Vaccination in Bombay 1869-1873 - 1869-1873
Year: 1869
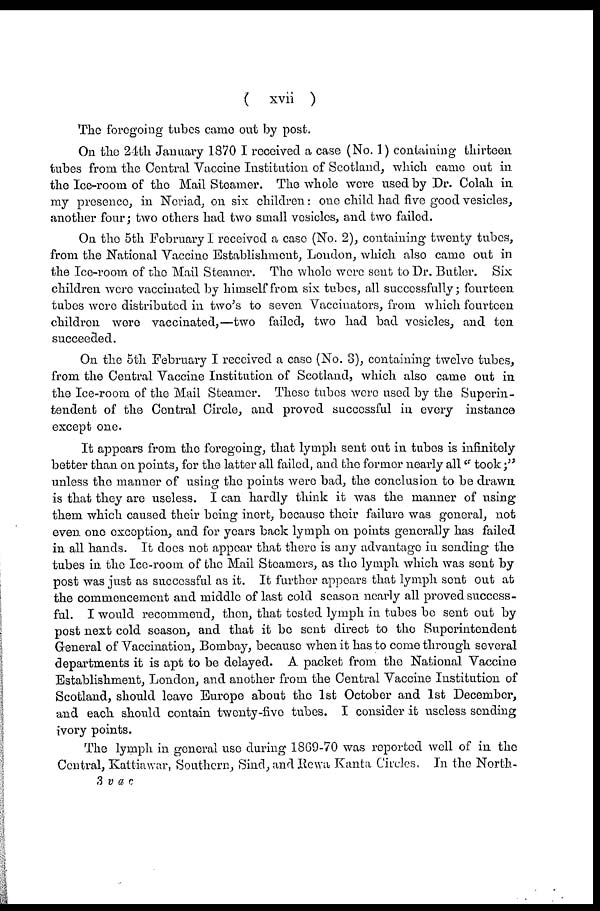
( xvii )
The foregoing tubes came out by post.
On the 24th January 1870 I received a case (No. 1) containing thirteen
tubes from the Central Vaccine Institution of Scotland, which came out in
the Ice-room of the Mail Steamer. The whole were used by Dr. Colah in
my presence, in Neriad, on six children: one child had five good vesicles,
another four; two others had two small vesicles, and two failed.
On the 5th February I received a case (No. 2), containing twenty tubes,
from the National Vaccine Establishment, London, which also came out in
the Ice-room of the Mail Steamer. The whole were sent to Dr. Butler. Six:
children were vaccinated by himself from six tubes, all successfully; fourteen
tubes were distributed in two's to seven Vaccinators, from which fourteen
children were vaccinated,—two failed, two had bad vesicles, and ten
succeeded.
On the 5th February I received a case (No. 3), containing twelve tubes,
from the Central Vaccine Institution of Scotland, which also came out in
the Ice-room of the Mail Steamer. These tubes were used by the Superin-
tendent of the Central Circle, and proved successful in every instance
except one.
It appears from the foregoing, that lymph sent out in tubes is infinitely
better than on points, for the latter all failed, and the former nearly all "took;"
unless the manner of using the points were bad, the conclusion to be drawn
is that they are useless. I can hardly think it was the manner of using
them which caused their being inert, because their failure was general, not
even, one exception, and for years back lymph on points generally has failed
in all hands. It does not appear that there is any advantage in sending the
tubes in the Ice-room of the Mail Steamers, as the lymph which was sent by
post was just as successful as it. It further appears that lymph sent out at
the commencement and middle of last cold season nearly all proved success-
ful. I would recommend, then, that tested lymph in tubes be sent out by
post next cold season, and that it be sent direct to the Superintendent
General of Vaccination, Bombay, because when it has to come through several
departments it is apt to be delayed. A packet from the National Vaccine
Establishment, London, and another from the Central Vaccine Institution of
Scotland, should leave Europe about the 1st October and 1st December,
and each should contain twenty-five tubes. I consider it useless sending
ivory points.
The lymph in general use during 1869-70 was reported well of in the
Central, Kattiawar, Southern, Sind, and Rewa Kanta Circles. In the North-
3 vac